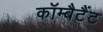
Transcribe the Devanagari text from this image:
कॉम्बैटैंट